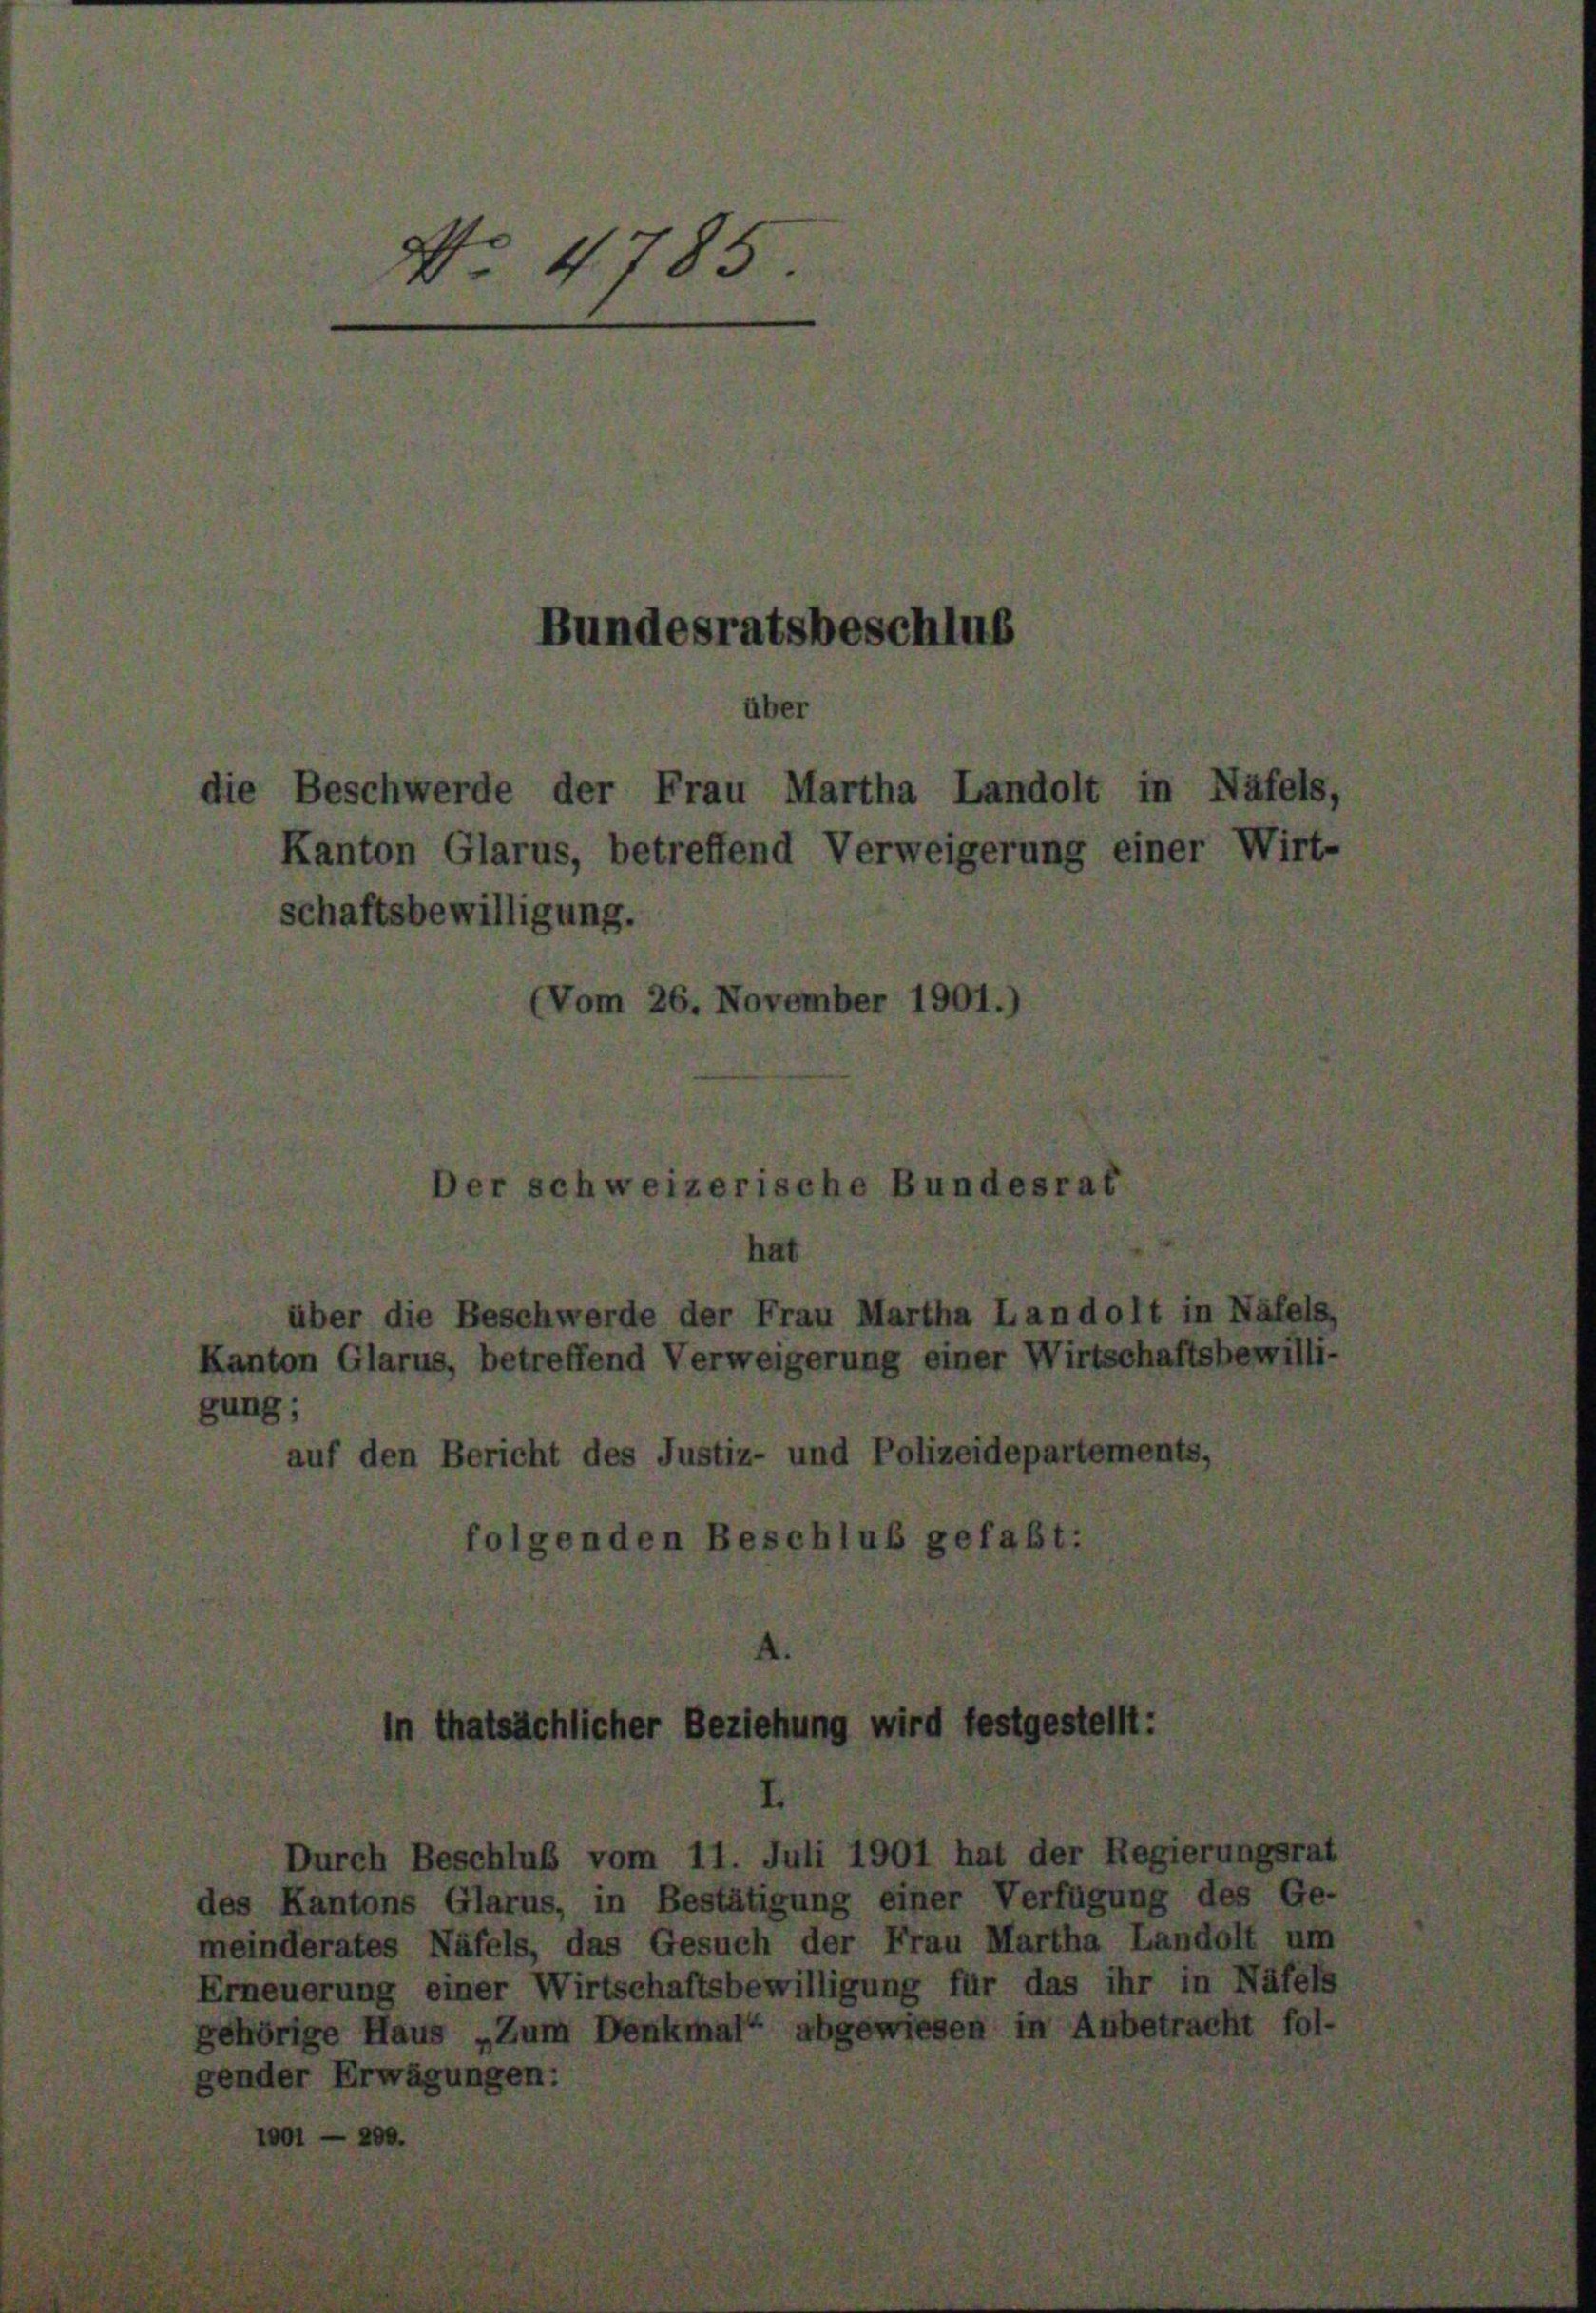
No. 4785.

Bundesratsbeschlus
über
die Beschwerde der Frau Martha Landolt in Näfels
Kanton Glarus, betreffend Verweigerung einer Wirt-
schaftsbewilligung.
(Vom 26. November 1901.

Der schweizerische Bundesrat
hat
über die Beschwerde der Frau Martha Landolt in Näfe
Kanton Glarus, betreffend Verweigerung einer Wirtschaftsbewil
gung;
auf den Bericht des Justiz- und Polizeidepartements,
folgenden Beschluß gefaßt:

in thatsächlicher Beziehung wird festges

Durch Beschluß vom 11. Juli 1901 hat der
des Kantons Glarus, in Bestätigung einer Verfügt
meinderates Näfels, das Gesuch der Frau Martha
Erneuerung einer Wirtschaftsbewilligung für das is
gehörige Haus „Zum Denkmal abgewiesen in Ar
gender Erwägungen:

tellt.